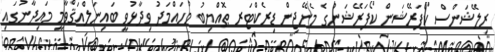
ރިލޭޝަންސް ކޯޕަރޭޝަން ކޯޕަރޭޝަނުގެ މެނޭޖިން ޑިރެކްޓަރ ޠޮއްޔިބު މުހައްމަދު ވިދާޅުވީ ބައިނަލްއަޤްވާމީ މައިދާނުގައި